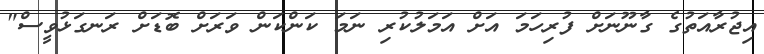
އިޖުރާއަތުގެ ގާނޫނަށް ފުރިހަމަ އަށް އަމަލުކުރި ނަމަ ކަންކަން ވަރަށް ބޮޑަށް ރަނގަޅުވީސް"